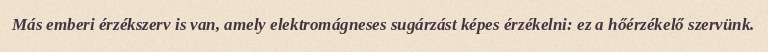
Más emberi érzékszerv is van, amely elektromágneses sugárzást képes érzékelni: ez a hőérzékelő szervünk.